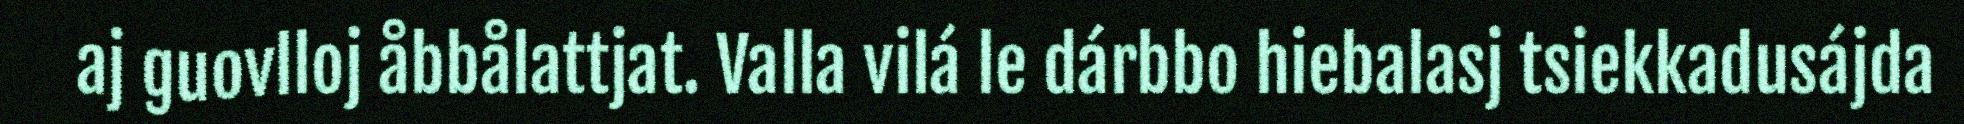
aj guovlloj åbbålattjat. Valla vilá le dárbbo hiebalasj tsiekkadusájda